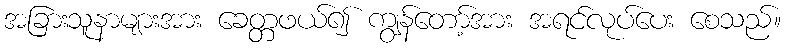
အခြားသူနာများအား ခေတ္တဖယ်၍ ကျွန်တော့်အား အရင်လုပ်ပေး စေသည်။